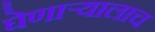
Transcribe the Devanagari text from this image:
घेणार्‍यालाच